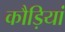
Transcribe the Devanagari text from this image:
कौड़ियां